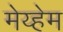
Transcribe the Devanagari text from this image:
मेय्हेम